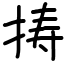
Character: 𢭏